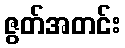
ဇွတ်အတင်း